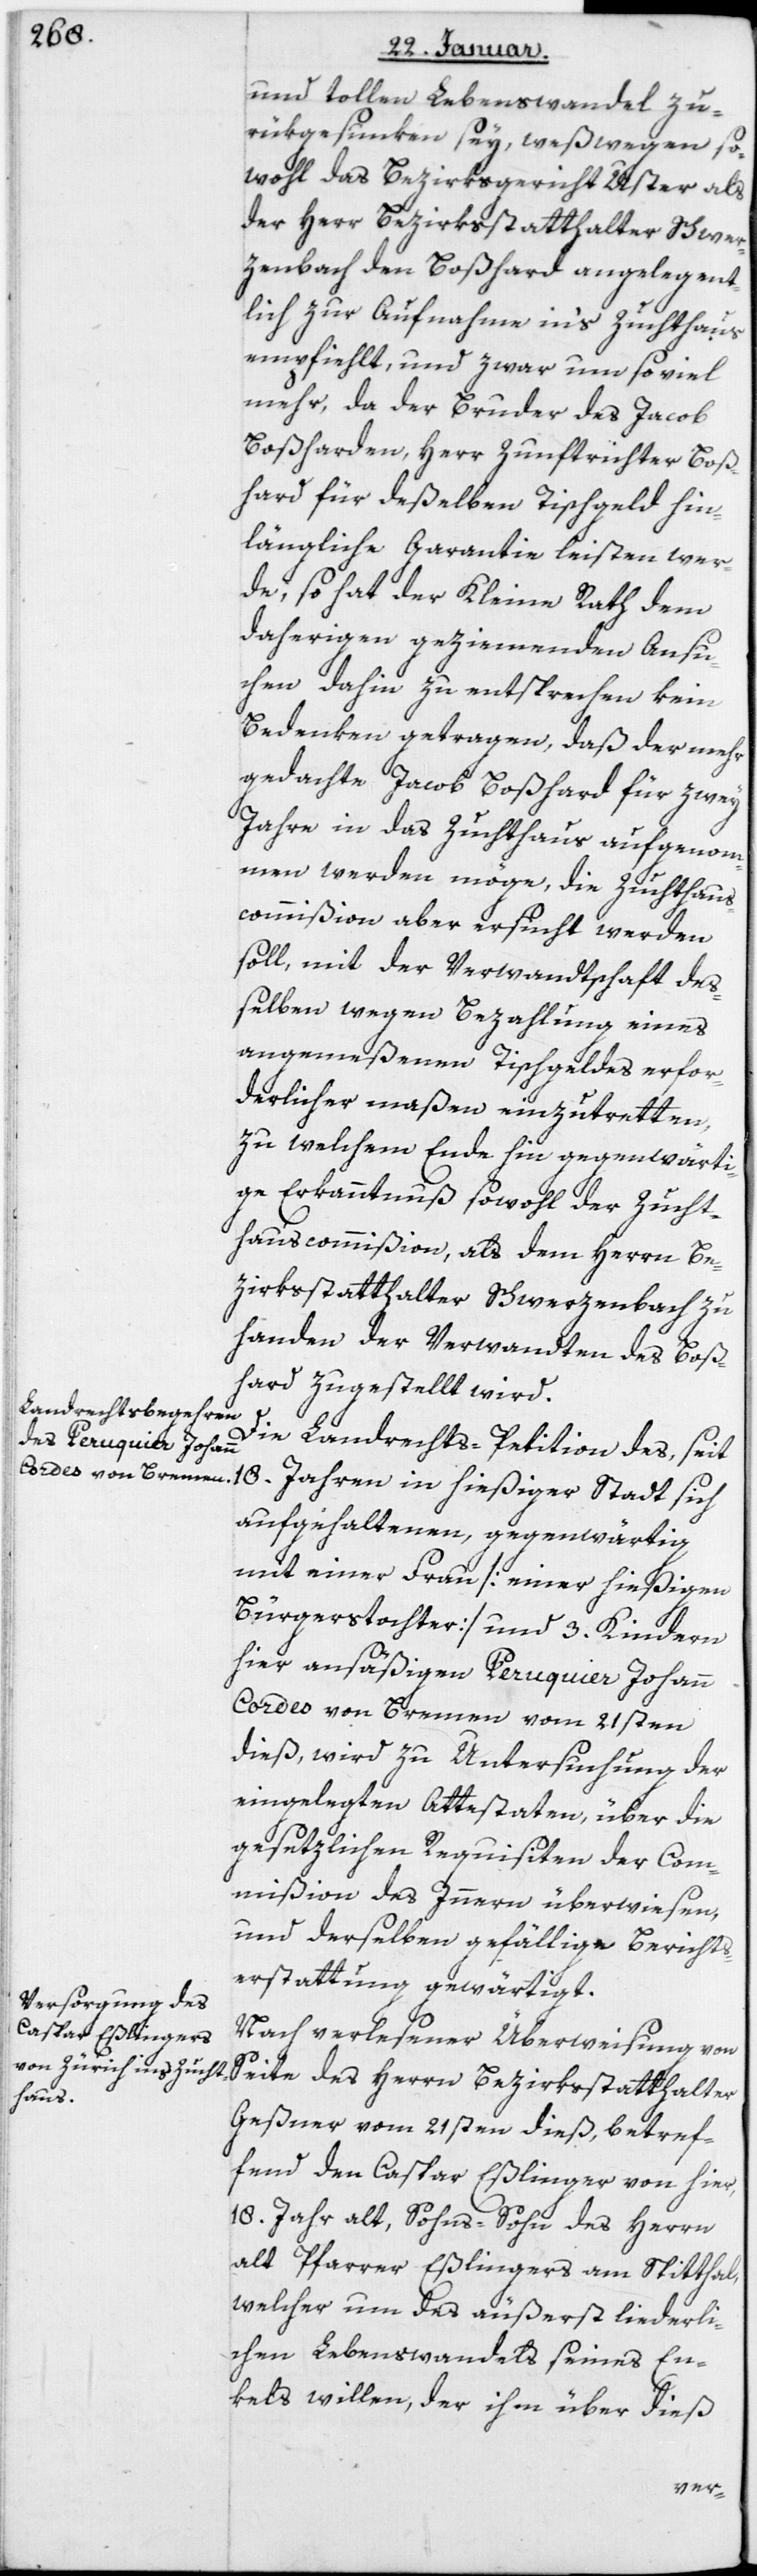
und tollen Lebenswandel zu¬
rükgesunken sey, weswegen so¬
wohl das Bezirksgericht Uster als
der Herr Bezirksstatthalter Schwer¬
zenbach den Boßhard angelegent¬
lich zur Aufnahme in’s Zuchthaus
empfiehlt, und zwar um so viel
mehr, da der Bruder des Jacob
Boßharden, Herr Zunftrichter Boß¬
hard für deßelben Tischgeld hin¬
längliche Garantie leisten wer¬
de, so hat der Kleine Rath dem
daherigen geziemenden Ansu¬
chen dahin zu entsprechen kein
Bedenken getragen, daß der mehr¬
gedachte Jacob Boßhard für zwey
Jahre in das Zuchthaus aufgenom¬
men werden möge, die Zuchthaus¬
commißion aber ersucht werden
soll, mit der Verwandtschaft de¬
ßelben wegen Bezahlung eines
angemeßenen Tischgeldes erfor¬
derlichermaßen einzutretten,
zu welchem Ende hin gegenwärti¬
ge Erkanntnuß sowohl der Zucht¬
hauscommißion, als dem Herrn Be¬
zirksstatthalter Schwerzenbach zu
Handen der Verwandten des Boß¬
hard zugestellt wird.
Die Landrechts-Petition des, seit
aufgehaltenen, gegenwärtig
mit einer Frau (einer hießigen
Bürgerstochter) und 3 Kindern
hier ansäßigen Peruquier Johann
Cordes von Bremen, vom 21sten
dieß, wird zu Untersuchung der
eingelegten Attestaten, über die
gesetzlichen Requisiten der Com¬
mißion des Innern überwiesen
und derselben gefällige Berichts¬
erstattung gewärtigt.
Nach verlesener Überweisung von
Seite des Herrn Bezirksstatthalter
Geßner vom 21sten dieß, betref¬
fend den Caspar Eßlinger von hier,
18 Jahre alt, Sohns-Sohn des Herrn
alt Pfarrer Eßlingers am Spitthal,
welcher um des äußerst liederli¬
chen Lebenswandels seines En¬
kels willen, der ihm über dieß